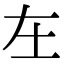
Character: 𡉄